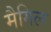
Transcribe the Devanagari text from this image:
मैगिल